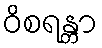
ဝိစရန္တာ